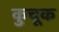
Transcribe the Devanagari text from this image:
कुचूक